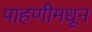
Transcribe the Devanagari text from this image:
पाहणीमधून